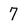
Character: 7